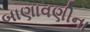
બાણાવણીના